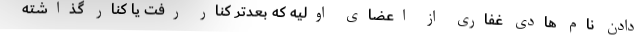
دادن نام هادی غفاری از اعضای اولیه که بعدتر کنار رفت یا کنار گذاشته